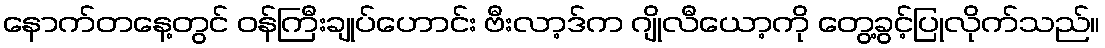
နောက်တနေ့တွင် ဝန်ကြီးချုပ်ဟောင်း ဗီးလာ့ဒ်က ဂျိုလီယော့ကို တွေ့ခွင့်ပြုလိုက်သည်။